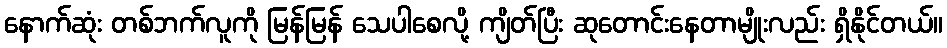
နောက်ဆုံး တစ်ဘက်လူကို မြန်မြန် သေပါစေလို့ ကျိတ်ပြီး ဆုတောင်းနေတာမျိုးလည်း ရှိနိုင်တယ်။